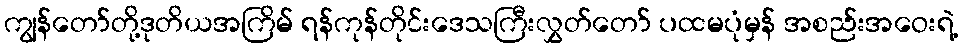
ကျွန်တော်တို့ဒုတိယအကြိမ် ရန်ကုန်တိုင်းဒေသကြီးလွှတ်တော် ပထမပုံမှန် အစည်းအဝေးရဲ့